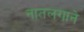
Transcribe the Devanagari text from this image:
नातलगाने